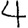
Digit: 4